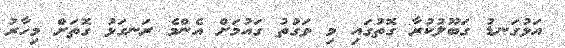
އަޅުގަނޑު ގަބޫލުކުރާ ގޮތުގައި މި ވަގުތު ގައުމަށް އެންމެ ރަނގަޅު ގޮތަށް މިހާރު